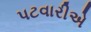
પટવારીએ